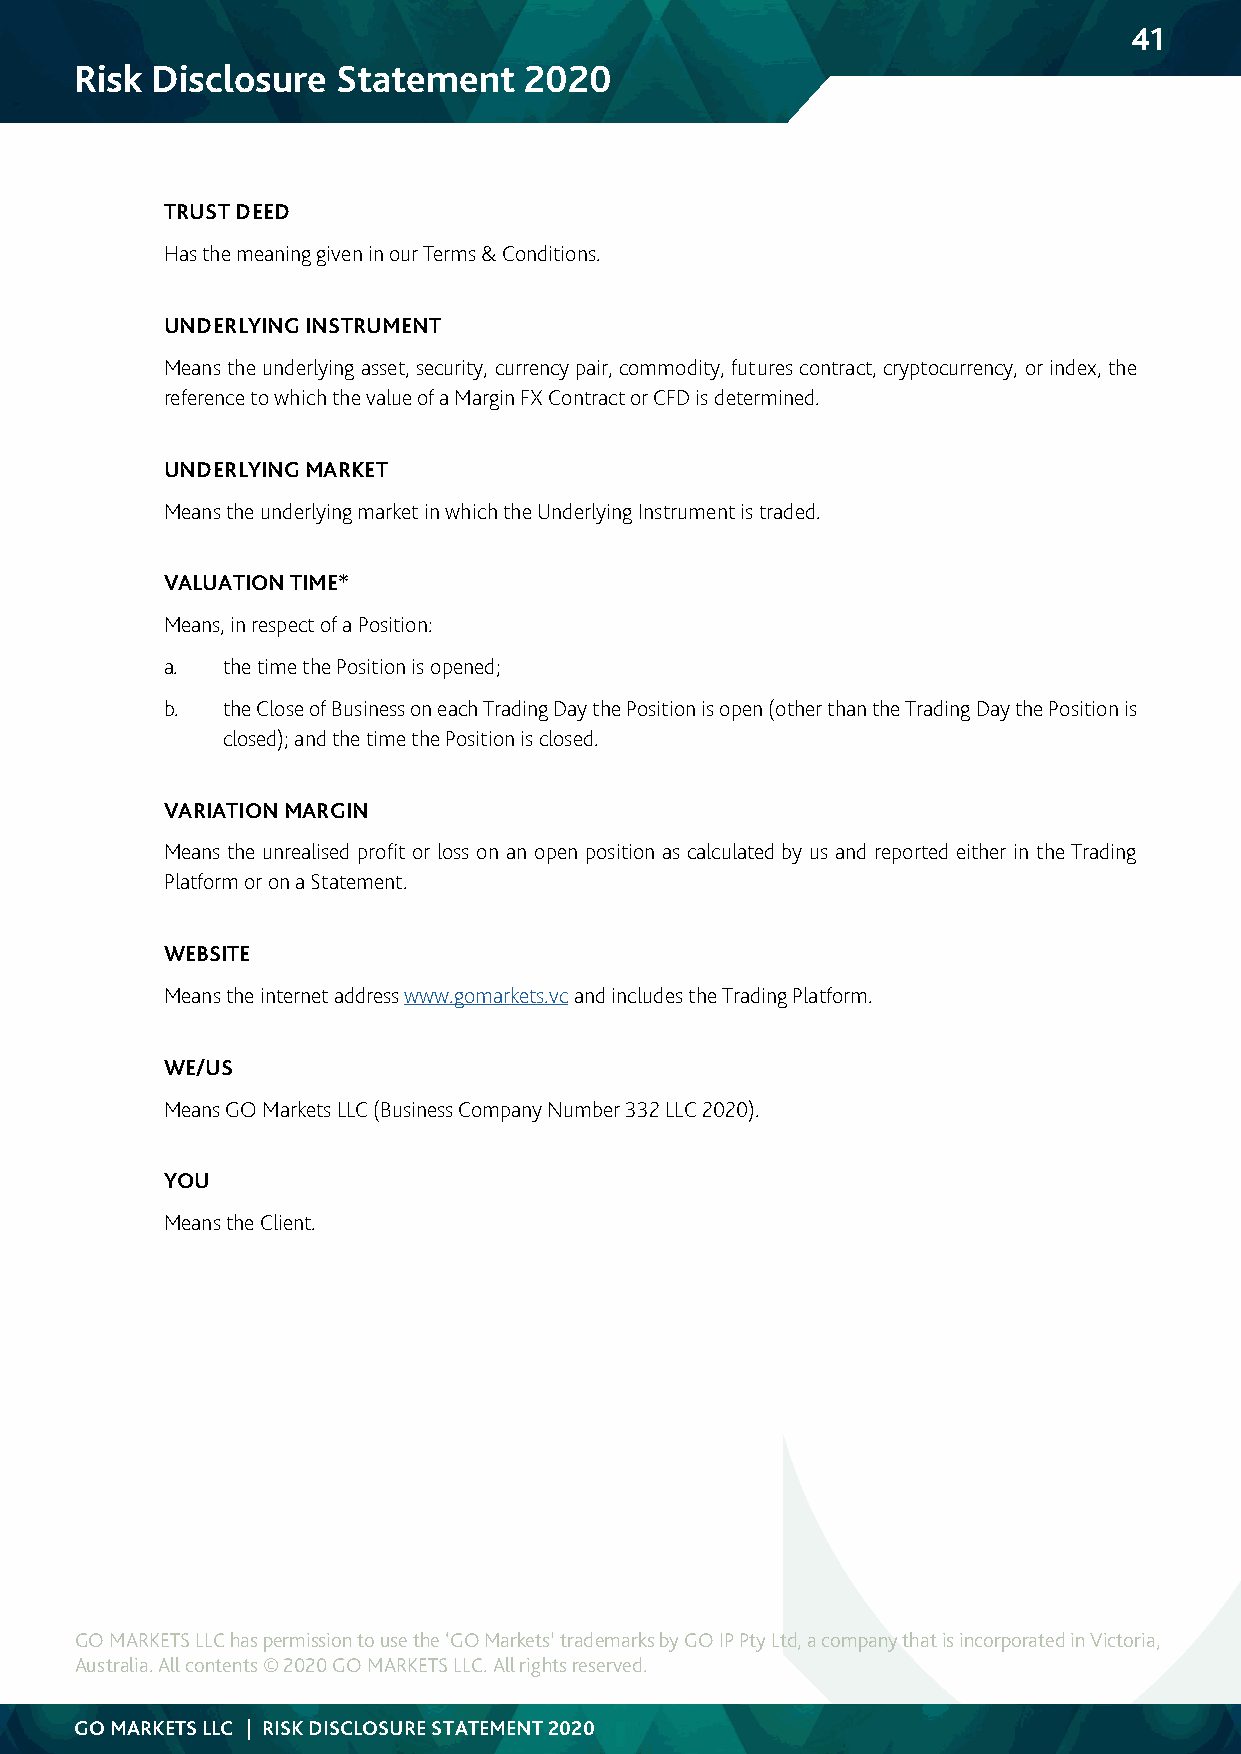
41
 Risk Disclosure  Statement    2020
 TRUST DEED
 Has the meaning given in our Terms & Conditions.
 UNDERLYING INSTRUMENT
 Means the underlying asset, security, currency pair, commodity, futures contract, cryptocurrency, or index, the
 reference to which the value of a Margin FX Contract or CFD is determined.
 UNDERLYING MARKET
 Means the underlying market in which the Underlying Instrument is traded.
 VALUATION TIME*
 Means, in respect of a Position:
 a.  the time the Position is opened;
 b.  the Close of Business on each Trading Day the Position is open (other than the Trading Day the Position is
 closed); and the time the Position is closed.
 VARIATION MARGIN
 Means the unrealised profit or loss on an open position as calculated by us and reported either in the Trading
 Platform or on a Statement.
 WEBSITE
 Means the internet address www.gomarkets.vc and includes the Trading Platform.
 WE/US
 Means GO Markets LLC (Business Company Number 332 LLC 2020).
 YOU
 Means the Client.
 GO MARKETS LLC has permission to use the ‘GO Markets’ trademarks by GO IP Pty Ltd, a company that is incorporated in Victoria,
 Australia. All contents © 2020 GO MARKETS LLC. All rights reserved.
 GO MARKETS LLC | RISK DISCLOSURE STATEMENT 2020